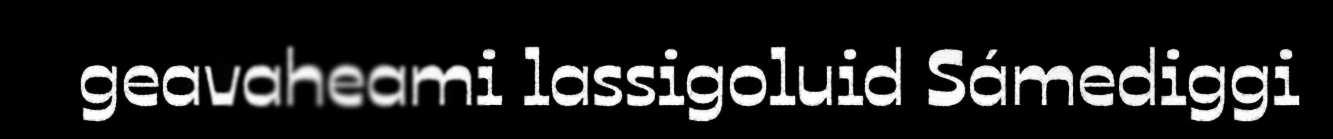
geavaheami lassigoluid Sámediggi